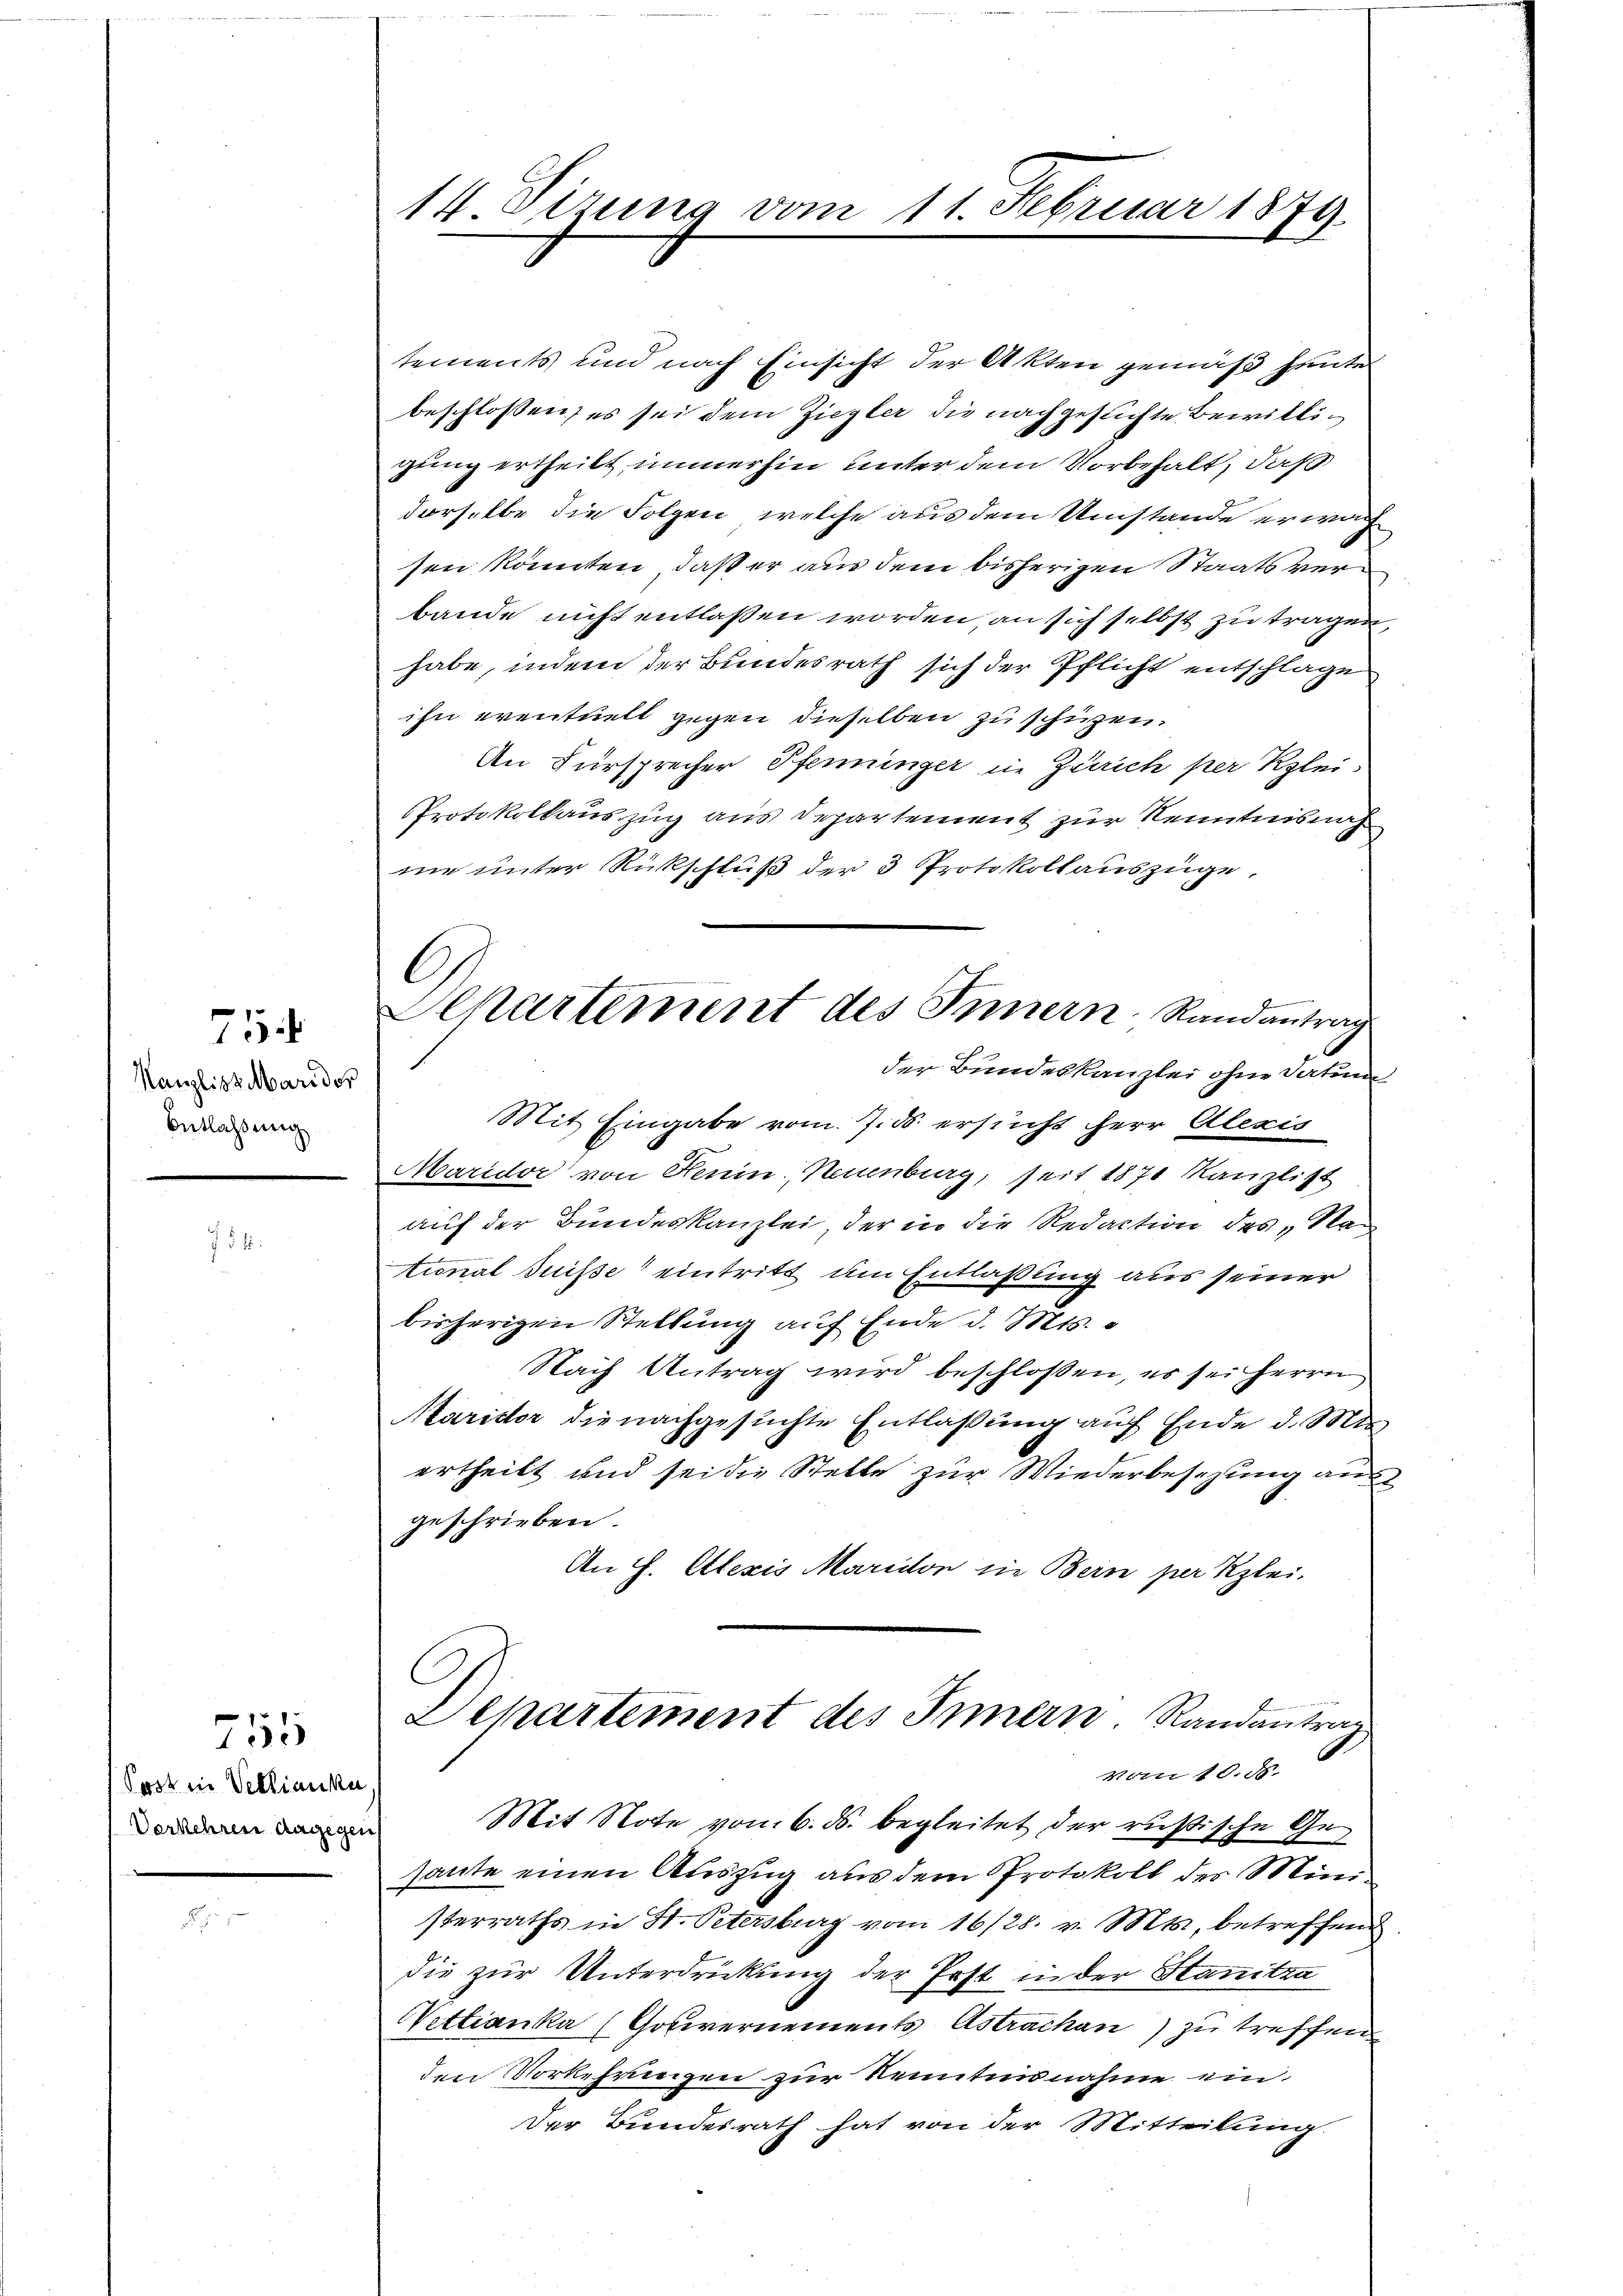
Kanzlist Maridor
Entlaßung

7

7155
Post in Vertienka
Verkehren dagegen

14. Sizung vom 11. Februar 1849.
l

C
Departement des Innern Randantrag

tements und nach Einsicht der Akten gemäß heute
beschlossen; es sei dem Ziegler die nachgesichte Bewilligung ertheilt immerhin unter dem Vorbehalt, daß
derselbe die Folgen, welche aus dem Umstände erwach
sen könnten, daß er aus dem bisherigen Staatsverbande nicht entlassen worden, an sich selbst zu tragen,
habe, indem der Bundesrath sich der Pflicht entschlage
ihn eventuell gegen dieselben zu schützen.
An Fürsprecher Pfenninger in Zürich per Klei¬
PProtokollauszug aus Departement zur Kenntnisnah
ne unter Rückschluß der 3 Protokollauszüge,
der Bundeskanzlei ohne Datum
Mit Eingabe vom 7. ds. ersucht herr Alexis
Maridor von Henin, Neuenburg, seit 1871 Kanzlist
auf der Bundeskanzlei, der in die Redaction des „Na
tional Suisse eintritt im Entlaßung aus seiner
bisherigen Stellung auf Ende d. Mts.
Nach Antrag wird beschlossen, es sei Herrn
Maridor die nachgesuchte Entlaßung auf Ende d. M.
ertheilt und sei die Stelle zur Wiederbesezung aus
geschrieben.
An H. Alexis Marielon die Bein per Klei-
Departement des Innern Randantrag
vom 10. 55.
Mit Note vom 6. ds. begleitet der rußische Gehaute einen Auszug aus dem Protokoll des Mini
sterraths in St. Petersburg vom 16/28. v. Mts., betreffend
die zur Unterdrückung der Post in der Stanitza
Nettianka (Cotiernements Astrachen) zu treffen
den Vorkehrungen zur Kenntnisnahme ein
Der Bundesrath hat von der Mitteilung